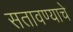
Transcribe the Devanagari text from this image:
सतावण्याचे